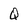
Character: Q